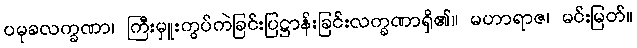
ပမုခလက္ခဏာ၊ ကြီးမှူးကွပ်ကဲခြင်းပြဋ္ဌာန်းခြင်းလက္ခဏာရှိ၏။ မဟာရာဇ၊ မင်းမြတ်။